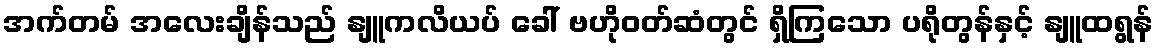
အက်တမ် အလေးချိန်သည် နျူကလိယပ် ခေါ် ဗဟိုဝတ်ဆံတွင် ရှိကြသော ပရိုတွန်နှင့် နျူထရွန်